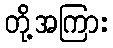
တို့အကြား